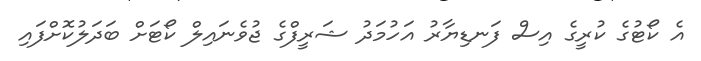
އެ ކޯޓުގެ ކުރީގެ އިސް ފަނޑިޔާރު އަހުމަދު ޝަރީފްގެ ޖުވެނައިލް ކޯޓަށް ބަދަލުކޮށްފައި